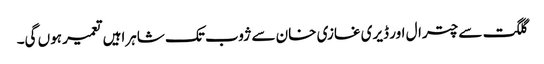
گلگت سے چترال اور ڈیری غازی خان سے ژوب تک شاہراہیں تعمیر ہوں گی۔